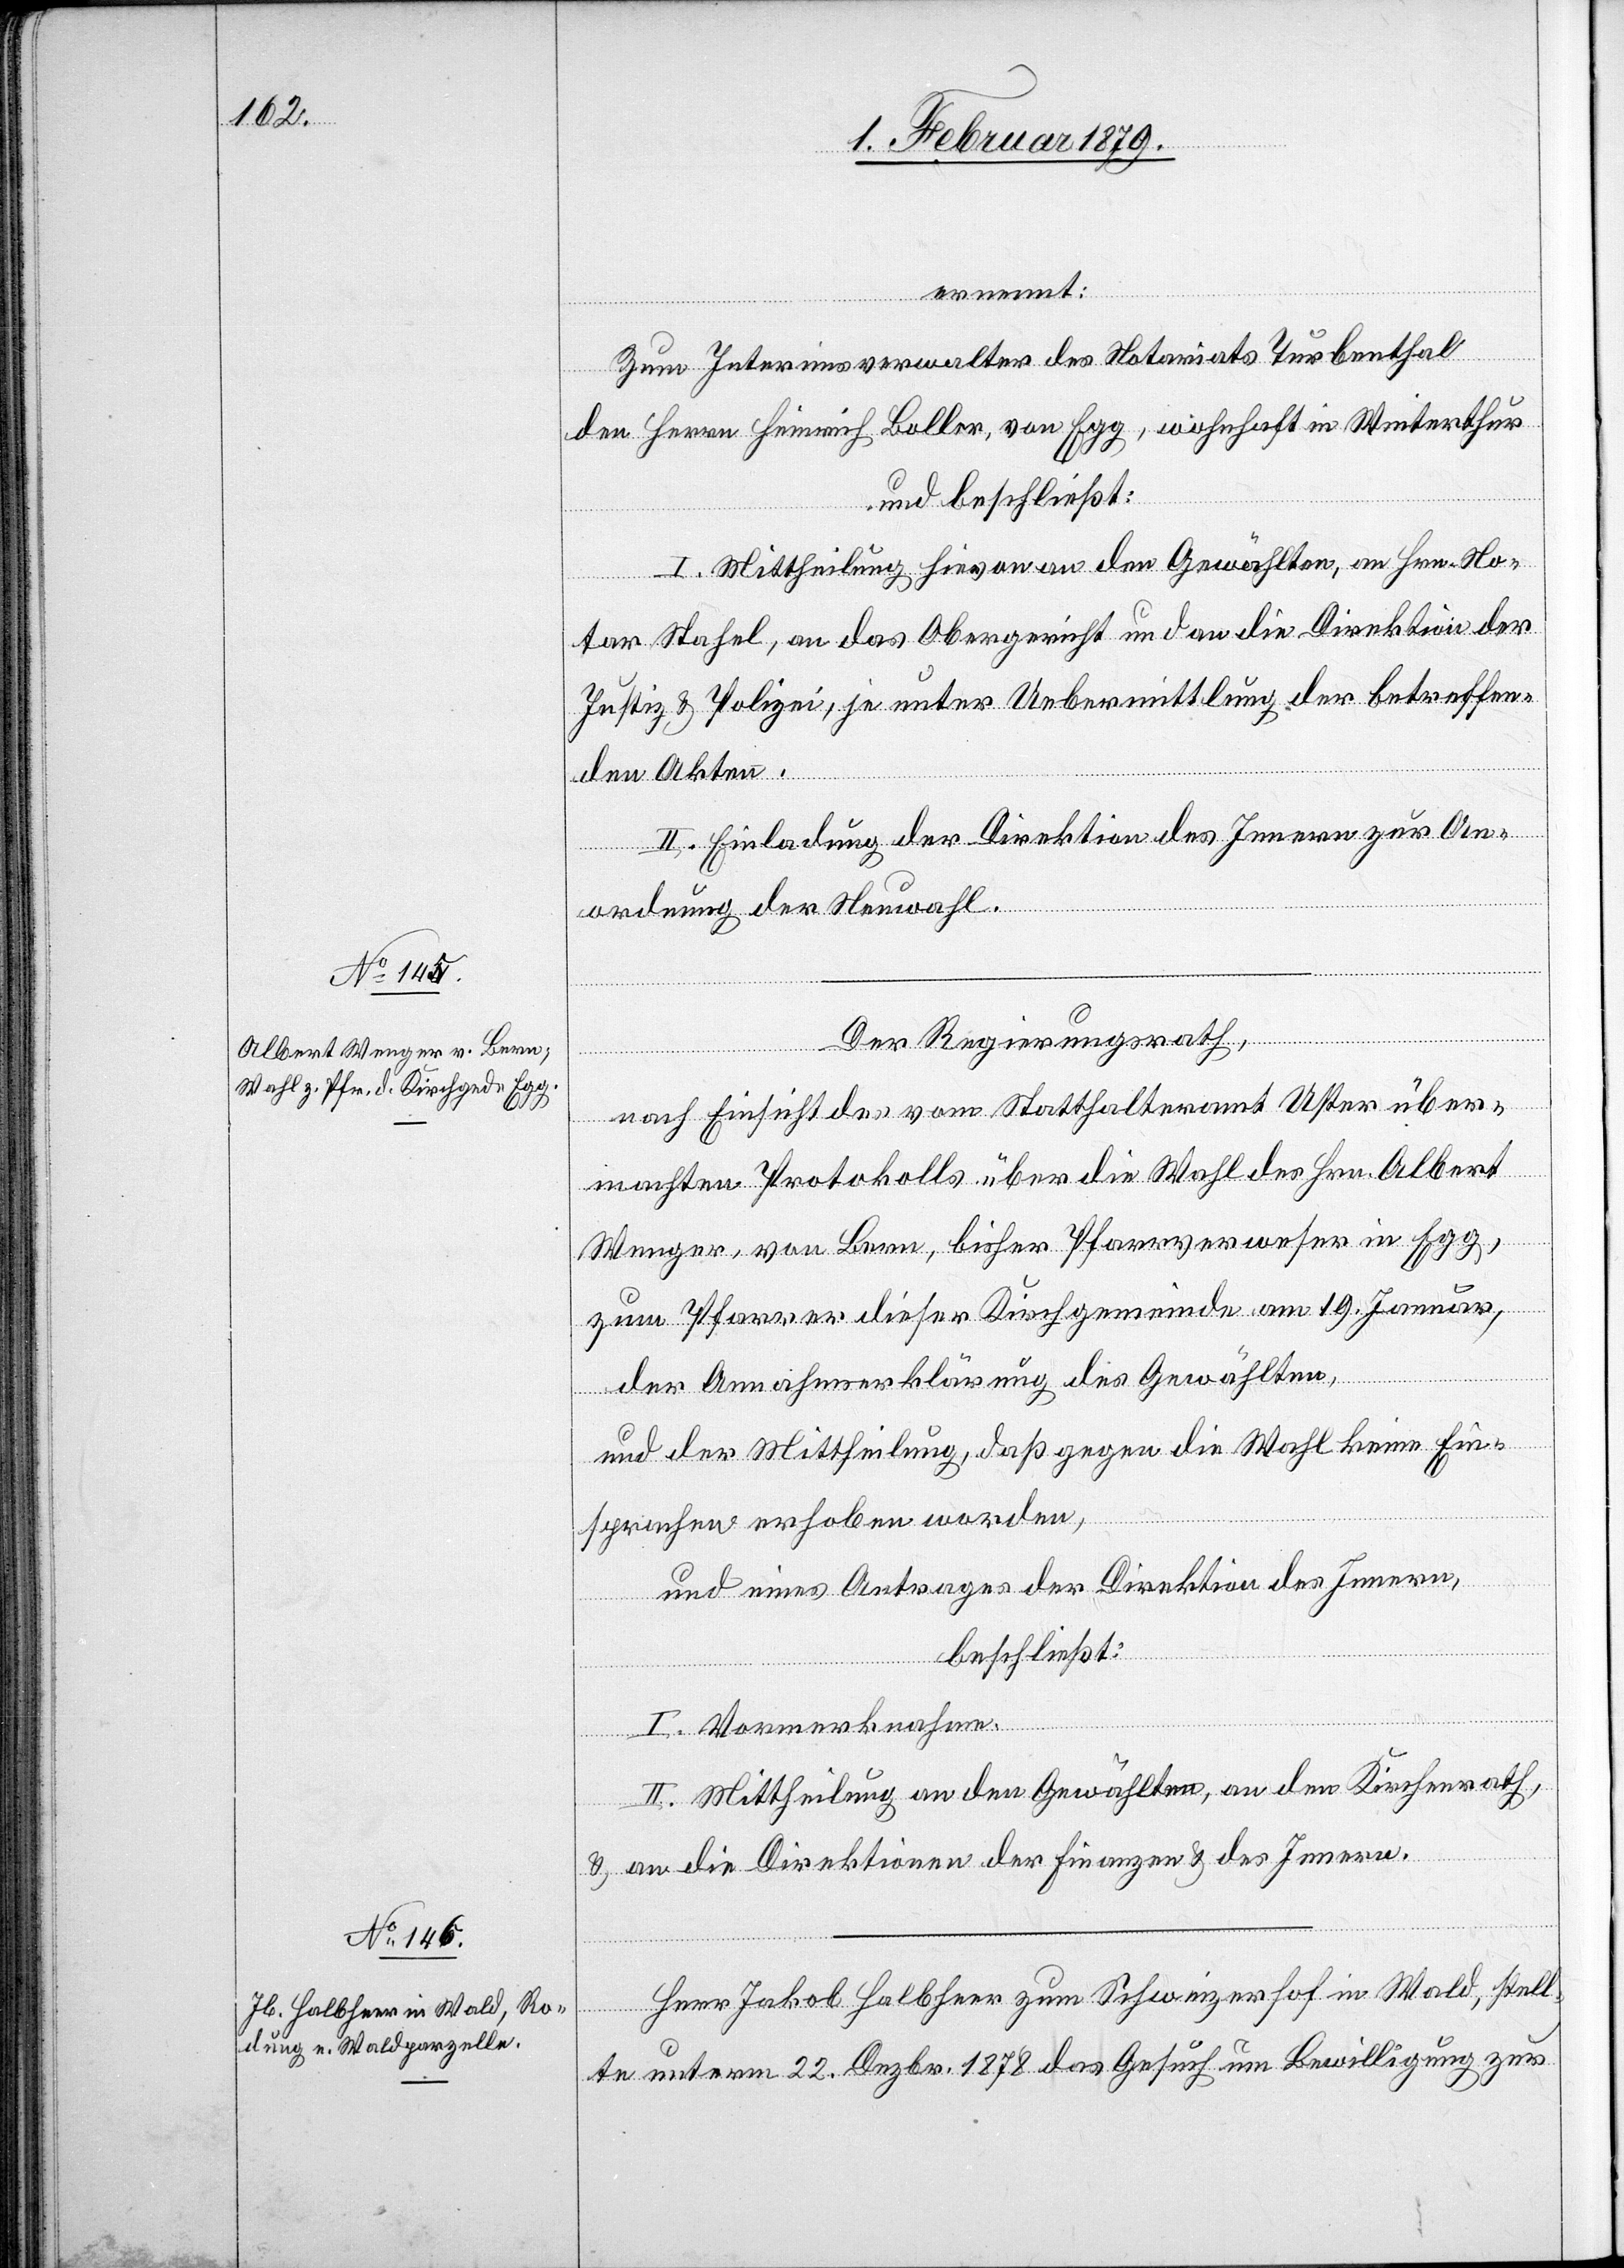
ernennt:
Zum Interimsverwalter des Notariats Turbenthal
den Herrn Heinrich Boller, von Egg, wohnhaft in Winterthur
und beschließt:
I. Mittheilung hievon an den Gewählten, an Hrn. No¬
tar Stahel, an das Obergericht und an die Direktion der
Justiz & Polizei, je unter Uebermittlung der betreffen¬
den Akten.
II. Einladung der Direktion des Innern zur An¬
ordnung der Neuwahl.
Der Regierungsrath,
nach Einsicht des vom Statthalteramt Uster über¬
machten Protokolls über die Wahl des Hrn. Albert
Wenger, von Bern, bisher Pfarrverweser in Egg,
zum Pfarrer dieser Kirchgemeinde am 19. Januar,
der Annahmserklärung des Gewählten,
und der Mittheilung, daß gegen die Wahl keine Ein¬
sprachen erhoben worden,
und eines Antrages der Direktion des Innern,
beschließt:
I. Vormerknahme.
II. Mittheilung an den Gewählten, an den Kirchenrath,
& an die Direktionen der Finanzen & des Innern.
Herr Jakob Halbheer zum Schweizerhof in Wald, stell¬
te unterm 22. Dezbr. 1878 das Gesuch um Bewilligung zur